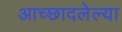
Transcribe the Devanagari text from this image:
आच्छादलेल्या